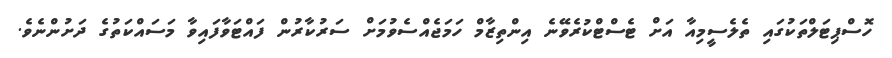
ހޮސްޕިޓަލްތަކުގައި ތެލެސީިމިއާ އަށް ޓެސްޓްކުރެވޭނެ އިންތިޒާމް ހަމަޖެއްސެވުމަށް ސަރުކާރުން ފައްޓަވާފައިވާ މަސައްކަތުގެ ދަށުންނެވެ.